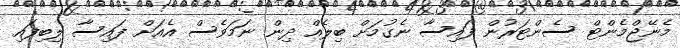
މެނޭޖްމެންޓް ސެންޓަރުން ފައިސާ ނެގުމަށް ބިލެއް ދިން ނަމަވެސް އެއަށް ފައިސާ ލިބިފައި